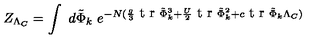
Z _ { \Lambda _ { C } } = \int \ d \tilde { \Phi } _ { k } \ e ^ { - N ( { \frac { g } { 3 } } \makebox { t r } \tilde { \Phi } _ { k } ^ { 3 } + { \frac { U } { 2 } } \makebox { t r } \tilde { \Phi } _ { k } ^ { 2 } + c \makebox { t r } \tilde { \Phi } _ { k } \Lambda _ { C } ) }